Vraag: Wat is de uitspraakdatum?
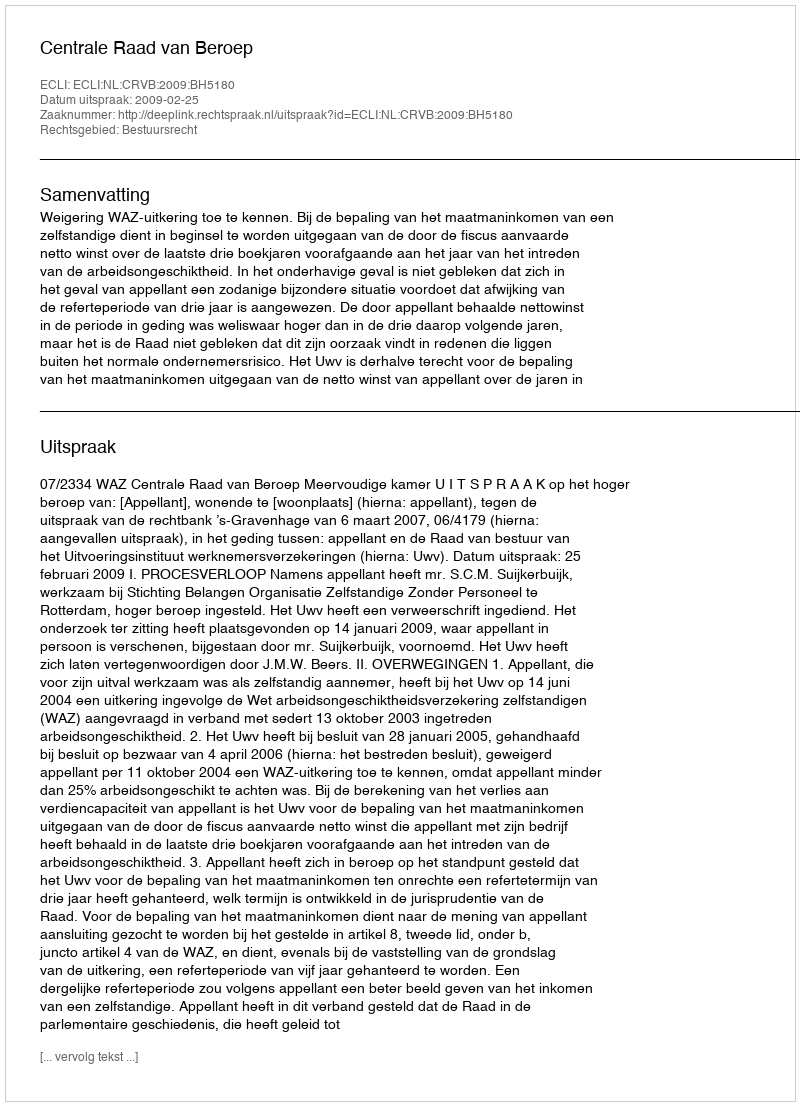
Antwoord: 2009-02-25